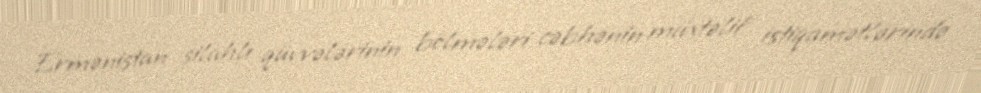
Ermənistan silahlı qüvvələrinin bölmələri cəbhənin müxtəlif istiqamətlərində